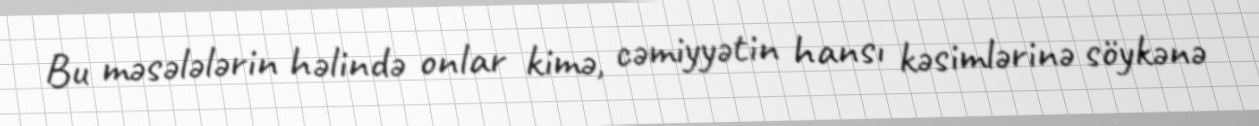
Bu məsələlərin həlində onlar kimə, cəmiyyətin hansı kəsimlərinə söykənə